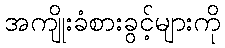
အကျိုးခံစားခွင့်များကို